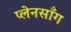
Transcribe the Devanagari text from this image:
प्लेनसाँग